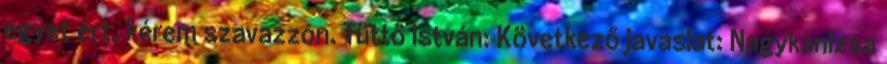
egyet ért, kérem szavazzon. Tüttő István: Következő javaslat: Nagykanizsa